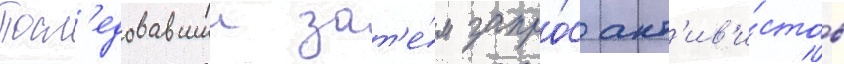
Посл'едовавшии зат'е́м запро́с акт'ив'и́стов